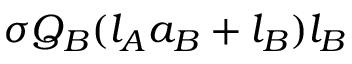
\sigma Q _ { B } ( l _ { A } a _ { B } + l _ { B } ) l _ { B }